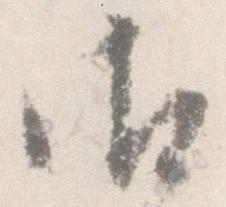
御